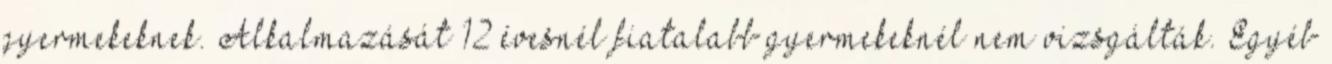
gyermekeknek. Alkalmazását 12 évesnél fiatalabb gyermekeknél nem vizsgálták. Egyéb